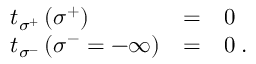
\begin{array} { l c l } { { t _ { \sigma ^ { + } } \left( \sigma ^ { + } \right) } } & { { = } } & { { 0 } } \\ { { t _ { \sigma ^ { - } } \left( \sigma ^ { - } = - \infty \right) } } & { { = } } & { { 0 \; . } } \end{array}